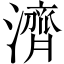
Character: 濟